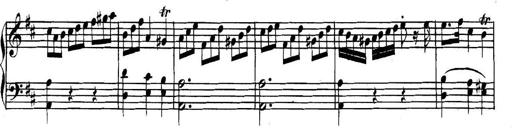
Title: Collected Piano Sonatas
Composer: Muzio Clementi